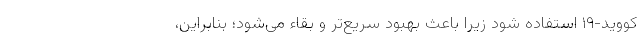
کووید-۱۹ استفاده شود زیرا باعث بهبود سریع‌تر و بقاء می‌شود؛ بنابراین،